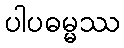
ပါပဓမ္မဿ